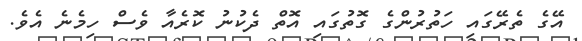
އޭގެ ތެރޭގައި ހަތުރުންގެ ގޮތުގައި އޮތް ދެކުނު ކޮރެއާ ވެސް ހިމެނެ އެވެ.